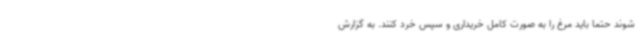
شوند حتما باید مرغ را به صورت کامل خریداری و سپس خرد کنند. به گزارش